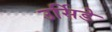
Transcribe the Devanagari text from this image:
उर्सिडे